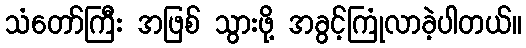
သံတော်ကြီး အဖြစ် သွားဖို့ အခွင့်ကြုံလာခဲ့ပါတယ်။